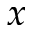
x